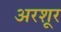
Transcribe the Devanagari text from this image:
अरशूर